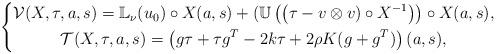
LaTeX: \begin{align*}\left \{ \begin{gathered}\mathcal{V} (X, \tau, a,s) = \mathbb{L}_\nu ( u_0) \circ X (a,s) + (\mathbb{U} \left (\left ( \tau - v \otimes v) \circ X^{-1} \right ) \right ) \circ X (a,s), \\ \mathcal{T} (X, \tau, a,s) = \left ( g \tau + \tau g^T - 2k \tau + 2\rho K (g + g^T ) \right) (a,s),\end{gathered} \right.\end{align*}